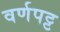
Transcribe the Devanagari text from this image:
वर्णपट्ट